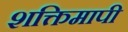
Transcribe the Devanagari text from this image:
शक्तिमापी